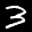
Label: 3